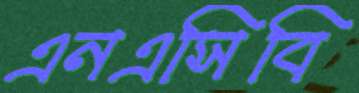
এনএসিবি